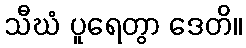
သီဃံ ပူရေတွာ ဒေတိ။